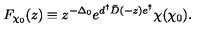
F _ { \chi _ { 0 } } ( z ) \equiv z ^ { - \Delta _ { 0 } } e ^ { d ^ { \dagger } \bar { D } ( - z ) e ^ { \dagger } } \chi ( \chi _ { 0 } ) .